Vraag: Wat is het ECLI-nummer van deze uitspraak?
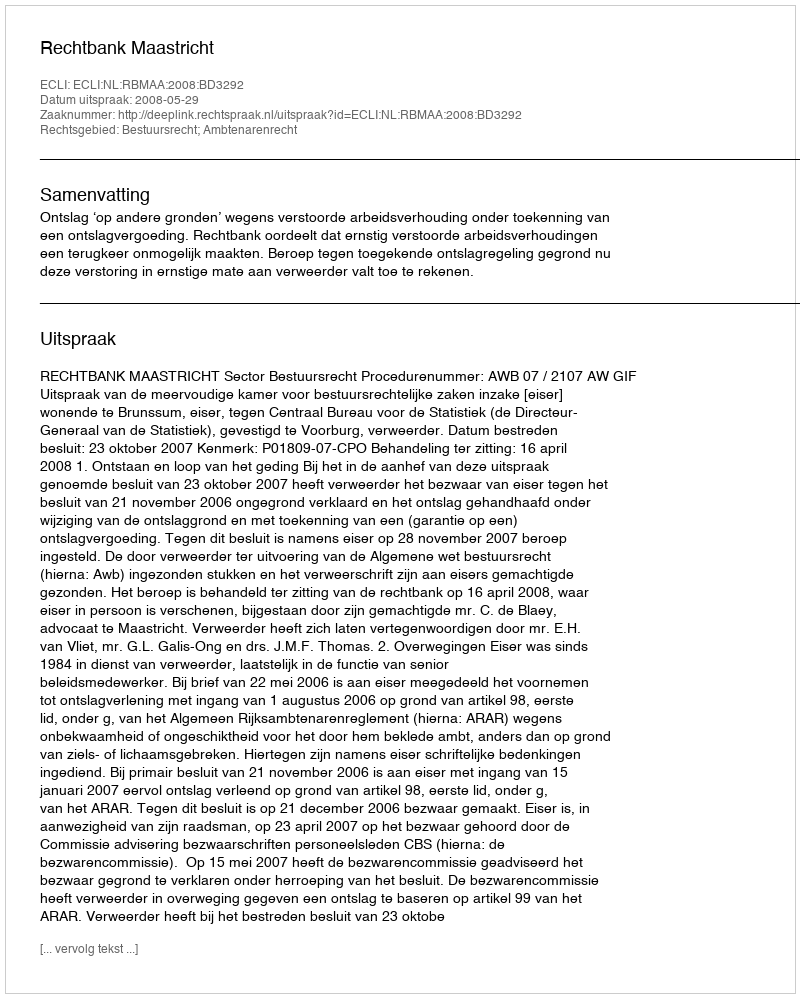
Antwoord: ECLI:NL:RBMAA:2008:BD3292